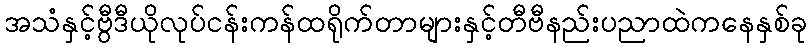
အသံနှင့်ဗွီဒီယိုလုပ်ငန်းကန်ထရိုက်တာများနှင့်တီဗီနည်းပညာထဲကနေနှစ်ခု